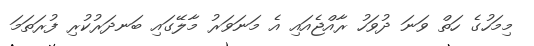
މިމަހުގެ ހަތް ވަނަ ދުވަހު ރާއްޖެއައި އެ މަނަވަރު މާލޭގައި ބަނދަރުކުރި ފުރަތަމަ